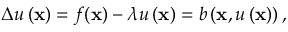
\Delta u \left( \mathbf { x } \right) = f ( \mathbf { x } ) - \lambda u \left( \mathbf { x } \right) = b \left( \mathbf { x } , u \left( \mathbf { x } \right) \right) ,